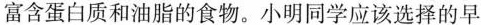
富含蛋白质和油脂的食物。小明同学应该选择的早